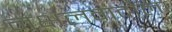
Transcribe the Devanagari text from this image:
नक्षलवादाला